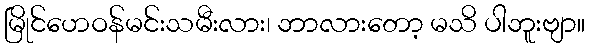
မြိုင်ဟေဝန်မင်းသမီးလား၊ ဘာလားတော့ မသိ ပါဘူးဗျာ။